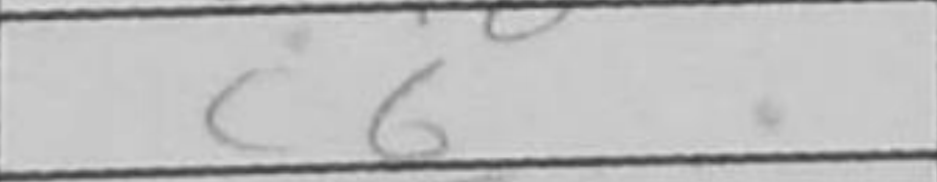
Transcription: c6